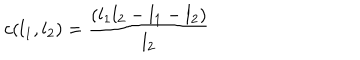
c ( l _ { 1 } , l _ { 2 } ) = \frac { ( l _ { 1 } l _ { 2 } - l _ { 1 } - l _ { 2 } ) } { l _ { 2 } }